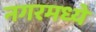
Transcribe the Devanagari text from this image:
नगरमध्ये